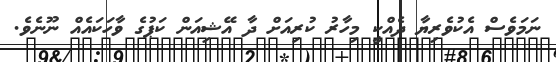
ނަމަވެސް އެކުވެރިޔާ ދެއްކީ މިހާރު ކުރިއަށް ދާ އޭޝިއަން ކަޕުގެ ވާހަކައެއް ނޫނެވެ.